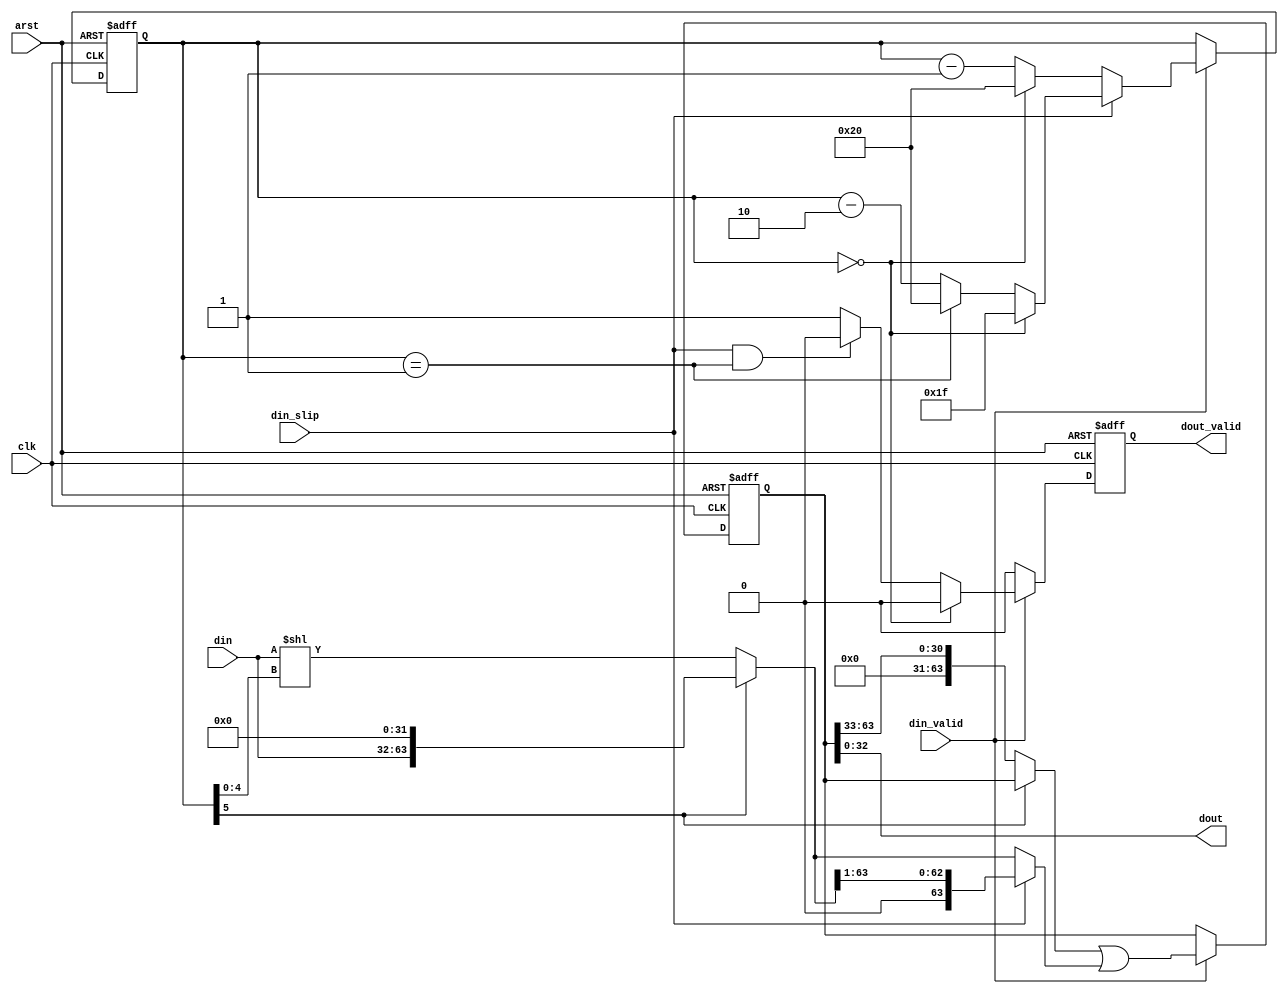
// Copyright 2009 Altera Corporation. All rights reserved.  
// Altera products are protected under numerous U.S. and foreign patents, 
// maskwork rights, copyrights and other intellectual property laws.  
//
// This reference design file, and your use thereof, is subject to and governed
// by the terms and conditions of the applicable Altera Reference Design 
// License Agreement (either as signed by you or found at www.altera.com).  By
// using this reference design file, you indicate your acceptance of such terms
// and conditions between you and Altera Corporation.  In the event that you do
// not agree with such terms and conditions, you may not use the reference 
// design file and please promptly destroy any copies you have made.
//
// This reference design file is being provided on an "as-is" basis and as an 
// accommodation and therefore all warranties, representations or guarantees of 
// any kind (whether express, implied or statutory) including, without 
// limitation, warranties of merchantability, non-infringement, or fitness for
// a particular purpose, are specifically disclaimed.  By making this reference
// design file available, Altera expressly does not recommend, suggest or 
// require that this reference design file be used in combination with any 
// other product not provided by Altera.
/////////////////////////////////////////////////////////////////////////////

// baeckler - 01-08-2009

module gearbox_32_33 (
	input clk,arst,
	input [31:0] din,  // bit 0 is sent first
	input din_valid,
	input din_slip,		// drop bit 0 of the current din
	output [32:0] dout, // bit 0 is sent first
	output reg dout_valid
);

reg [63:0] storage;
reg [5:0] holding;

// make it explicit that holding will never be greater than 32
// to help synthesis with the shifter
wire [63:0] aligned_din = holding[5] ? 
				{din,32'b0} :
				(din << holding[4:0]);

always @(posedge clk or posedge arst) begin
	if (arst) begin
		holding <= 0;
		storage <= 0;
		dout_valid <= 1'b0;
	end
	else begin
		dout_valid <= 1'b0;
		if (din_valid) begin
			
			if (din_slip) begin
				// with 31 in and 33 out, holding decreases by 2, mod 33
				if (holding == 0) holding <= 6'd31;
				else if (holding == 1) holding <= 6'd32;
				else holding <= holding - 6'd2;
			end
			else begin
				// with 32 in and 33 out, holding decreases by 1, mod 33
				if (holding == 0) holding <= 6'd32;
				else holding <= holding - 6'd1;
			end
			
			// when you are holding 32 bits there is no output,
			// don't shift the storage, otherwise remove the low
			// order 33 bits.
			storage <= (holding[5] ? storage : (storage >> 6'd33)) |
						 (din_slip ? (aligned_din >> 1'b1) : aligned_din);		
						 
			// the output will be valid unless we are not holding any
			// bits at all.
			dout_valid <= (holding == 0) ? 1'b0 :
						 (din_slip && holding == 6'd1) ? 1'b0 :
						 1'b1;
		end
	end
end

assign dout = storage [32:0];

endmodule